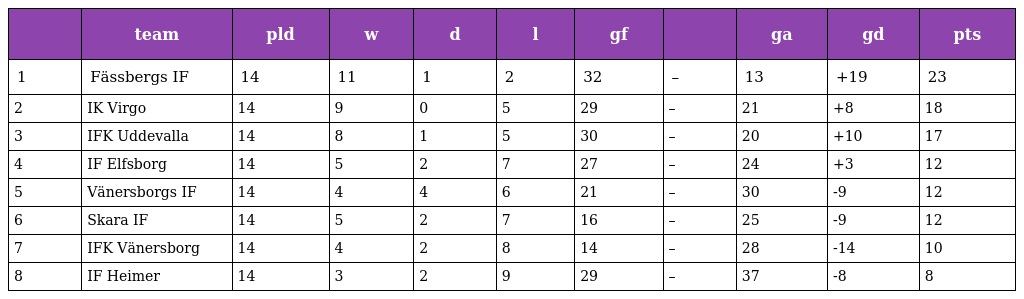
|  | team | pld | w | d | l | gf |  | ga | gd | pts |
 | --- | --- | --- | --- | --- | --- | --- | --- | --- | --- | --- |
 | 1 | Fässbergs IF | 14 | 11 | 1 | 2 | 32 | – | 13 | +19 | 23 |
 | 2 | IK Virgo | 14 | 9 | 0 | 5 | 29 | – | 21 | +8 | 18 |
 | 3 | IFK Uddevalla | 14 | 8 | 1 | 5 | 30 | – | 20 | +10 | 17 |
 | 4 | IF Elfsborg | 14 | 5 | 2 | 7 | 27 | – | 24 | +3 | 12 |
 | 5 | Vänersborgs IF | 14 | 4 | 4 | 6 | 21 | – | 30 | -9 | 12 |
 | 6 | Skara IF | 14 | 5 | 2 | 7 | 16 | – | 25 | -9 | 12 |
 | 7 | IFK Vänersborg | 14 | 4 | 2 | 8 | 14 | – | 28 | -14 | 10 |
 | 8 | IF Heimer | 14 | 3 | 2 | 9 | 29 | – | 37 | -8 | 8 |